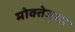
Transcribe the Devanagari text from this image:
मोक्तेजुमा